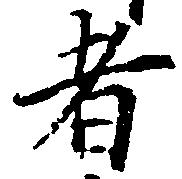
者